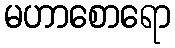
မဟာစောရော